Annual report of the Imperial Bacteriological Laboratory, Muktesar
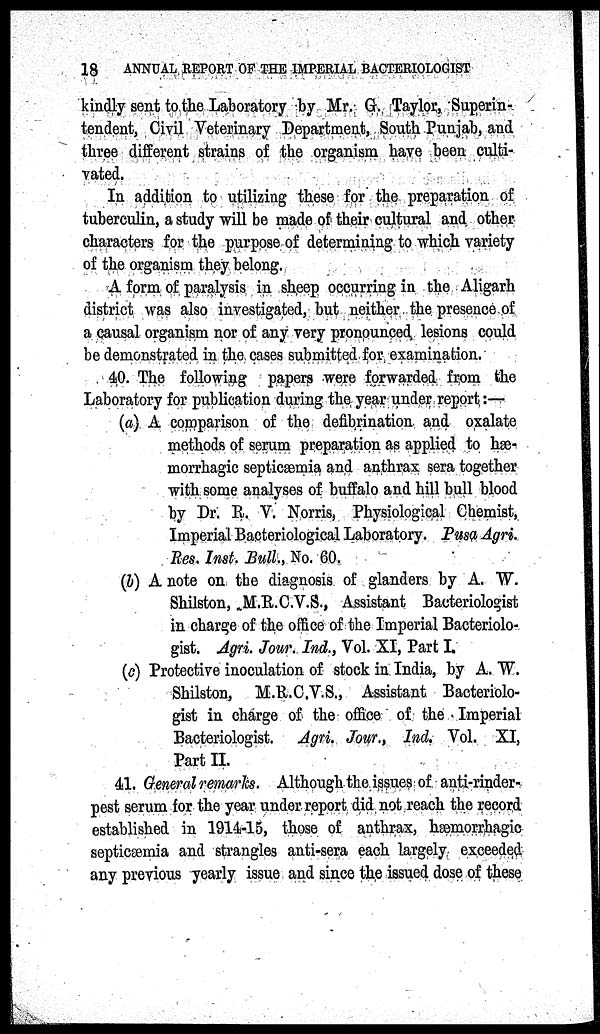
18
ANNUAL REPORT OF THE IMPERIAL BACTERIOLOGIST
kindly sent to the Laboratory by Mr. G. Taylor, Superin-
tendent, Civil Veterinary Department, South Punjab, and
three different strains of the organism have been culti-
vated.
In addition to utilizing these for the preparation of
tuberculin, a study will be made of their cultural and other
characters for the purpose of determining to which variety
of the organism they belong.
A form of paralysis in sheep occurring in the Aligarh
district was also investigated, but neither the presence of
a causal organism nor of any very pronounced lesions could
be demonstrated in the cases submitted for examination.
40. The following papers were forwarded from the
Laboratory for publication during the year under report:—
(a) A comparison of the defibrination and oxalate
methods of serum preparation as applied to hæ-
morrhagic septicæmia and anthrax sera together
with some analyses of buffalo and hill bull blood
by Dr. R. V. Norris, Physiological Chemist,
Imperial Bacteriological Laboratory. Pusa Agri.
Res. Inst. Bull., No. 60.
(b) A note on the diagnosis of glanders by A. W.
Shilston, M.R.C.V.S., Assistant Bacteriologist
in charge of the office of the Imperial Bacteriolo-
gist. Agri. Jour. Ind., Vol. XI, Part I
(c) Protective inoculation of stock in India, by A. W.
Shilston, M.R.C.V.S., Assistant Bacteriolo-
gist in charge of the office of the Imperial
Bacteriologist. Agri. Jour., Ind. Vol. XI,
Part II.
41. General remarks. Although the issues of anti-rinder-
pest serum for the year under report did not reach the record
established in 1914-15, those of anthrax, hæmorrhagic
septicæmia and strangles anti-sera each largely exceeded
any previous yearly issue and since the issued dose of these